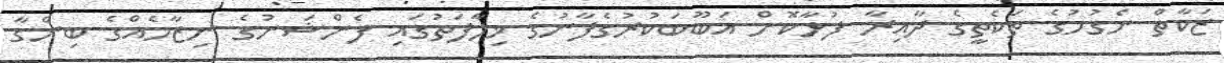
ޒަކާތް ނެގުމުގެ ތަކެތީގެ ދާއިރާ ފުޅާކޮށް އަބޫބަކުރުގެފާނުގެ ޚިލާފަތުގައި ފެންޝަނުގެ ނިޒާމެއްގެ ބިންގާ